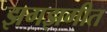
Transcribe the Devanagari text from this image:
झगझगीत